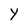
Character: Y